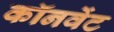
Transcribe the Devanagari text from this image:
कॉनवेंट